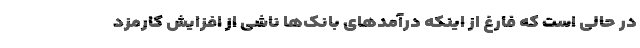
در حالی است که فارغ از اینکه درآمدهای بانک‌ها ناشی از افزایش کارمزد